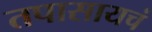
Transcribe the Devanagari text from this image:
तपासायचं